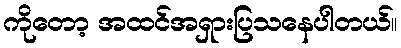
ကိုတော့ အထင်အရှားပြသနေပါတယ်။